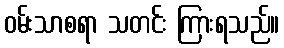
ဝမ်းသာစရာ သတင်း ကြားရသည်။